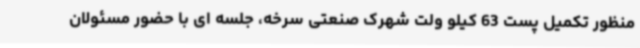
‌منظور تکمیل پست 63 کیلو ولت شهرک صنعتی سرخه‌، جلسه ای با حضور مسئولان